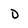
Character: d